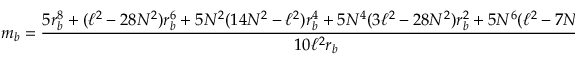
m _ { b } = \frac { 5 r _ { b } ^ { 8 } + ( \ell ^ { 2 } - 2 8 N ^ { 2 } ) r _ { b } ^ { 6 } + 5 N ^ { 2 } ( 1 4 N ^ { 2 } - \ell ^ { 2 } ) r _ { b } ^ { 4 } + 5 N ^ { 4 } ( 3 \ell ^ { 2 } - 2 8 N ^ { 2 } ) r _ { b } ^ { 2 } + 5 N ^ { 6 } ( \ell ^ { 2 } - 7 N ^ { 2 } ) } { 1 0 \ell ^ { 2 } r _ { b } }